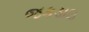
જકડાઇ